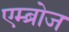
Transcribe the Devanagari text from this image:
एम्ब्रोज